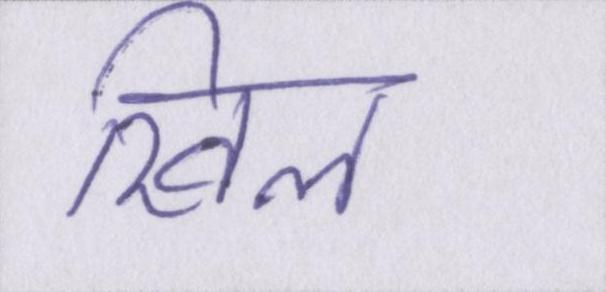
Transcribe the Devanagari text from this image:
खिल